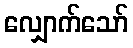
လျှောက်သော်